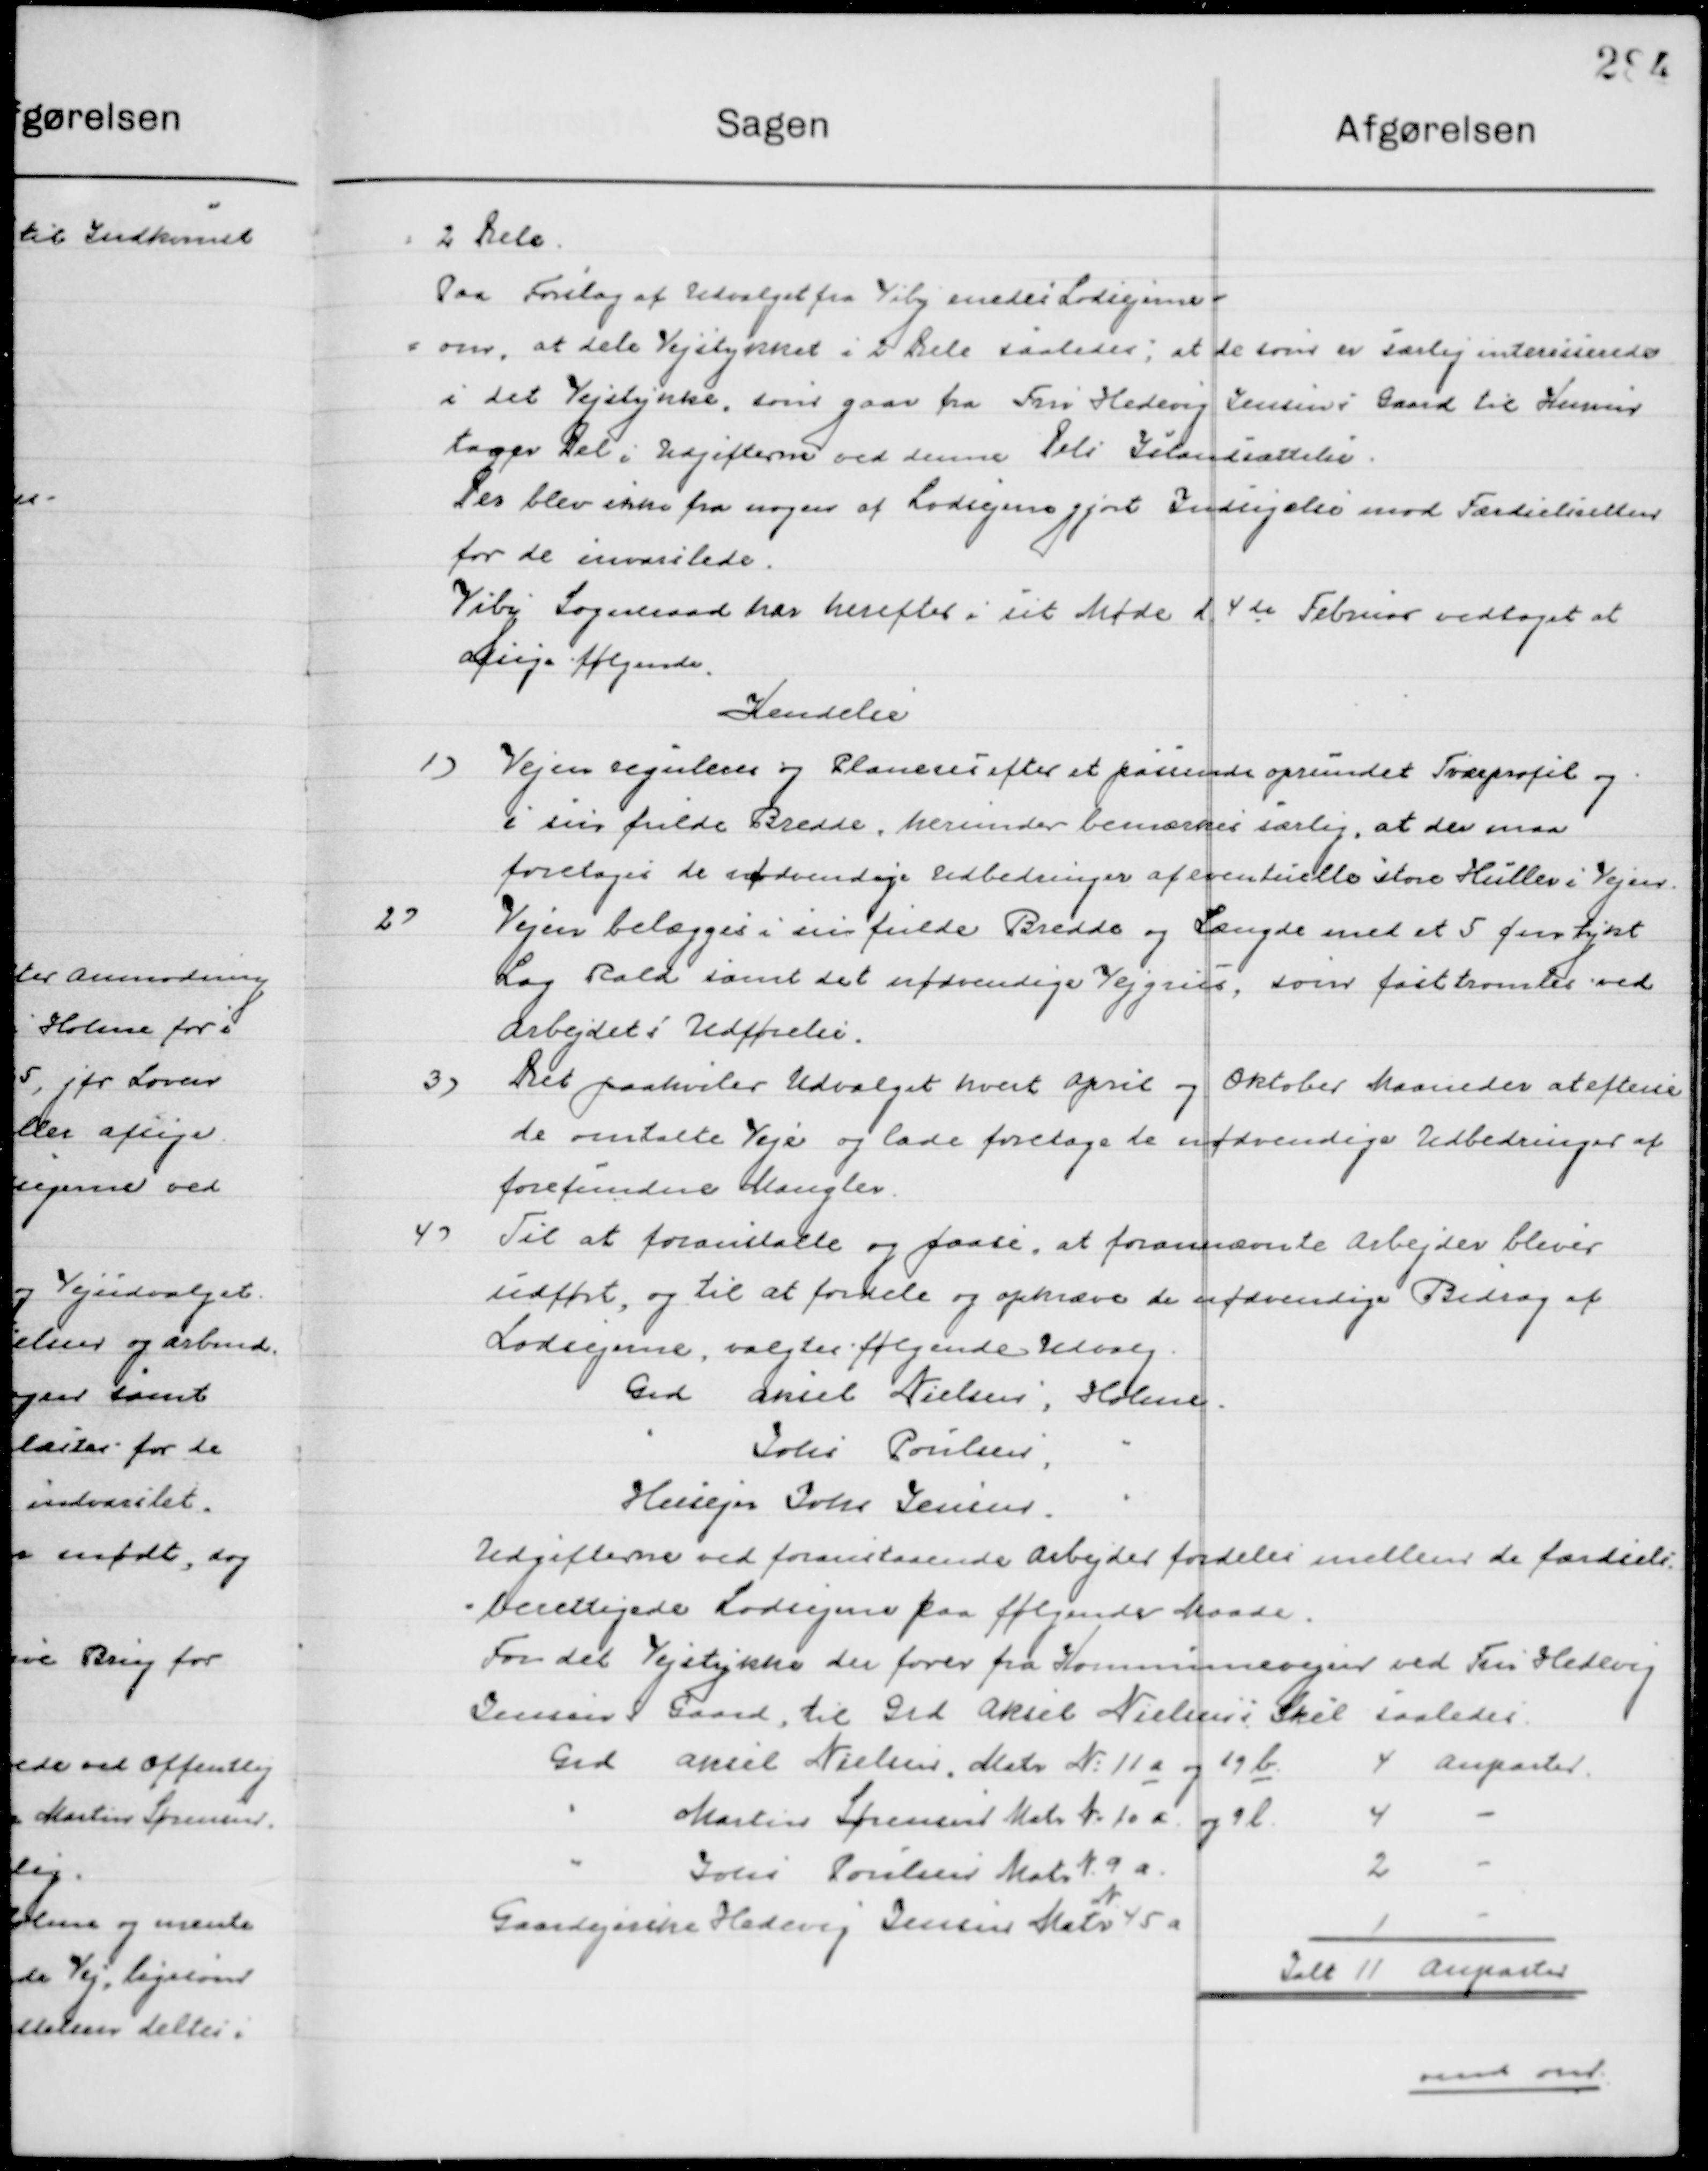
Transskription:
2 Dele.
Paa Forslag af Udvalget fra Viby Lodsejerne 
om at dele Vejstykket i 2 dele saaledes at de som er særlig interesserede 
i det Vejstykke som gaar fra Fru Hedevig Jensens Gaard til Herman
tager Del i Udgiften ved denne Dels Istandsættelse.
Der blev ikke fra nogen af Lodsejerne gjort Indsigelse mod færdselsceller
for de invarslede 
Viby Sogneraad har herefter i sit Møde d. 4de Februar vedtaget at
afsige følgende

Kendelse

1)

Vejen reguleres og Planeres efter et passende oprundet Tværprofil og
i sin fulde Bredde, herunder bemærkes særlig at der maa
foretages de nødvendige udbedringer af eventuelle store Huller i Vejen.

2)

Vejen belægges i sin fulde Bredde og Længde med et 5 Øres tykt
Lag Rald samt det nødvendige Vejgrus som føst tromles ved
arbejdet Udførelse.

3)

Det paahviler Udvalget hvert April og Oktober Maaneder at efterse
de omtalte Veje og lade foretage de nødvendige udbedringer af
forefundne Mangler.

4)

Til at foranstalte og faase at forannævnte arbejder bliver
udført, og til at fordele og opkræve de nødvendige Bidrag af
Lodsejerne, valgtes følgende Udvalg:
Grd. Aniel Nielsen; Holme 
"
"
John Poulsen;
Husejer	John Jensen.
"
Udgifterne ved foranstaaende Arbejde fordeles mellem de færdsels-
berettigede Lodsejer paa følgende maade.
For det Vejstykke der fører fra Kommunevejen ved Fru Hedevej
Dennes Gaard, til Grd Aksel Nielsen i Skel saaledes
Grd Aniel Nielsen Matr N. 11 a og 19 b
4 Anparter
"
Martins Sørensen Matr N. 10 a og 9 l.
4
-
"
John Poulsen Matr N. 9a	
2
-
Gaardejerske Hedevej Jensen Matr
N.
45 a
1
-
I alt 11 Anparter
vend om